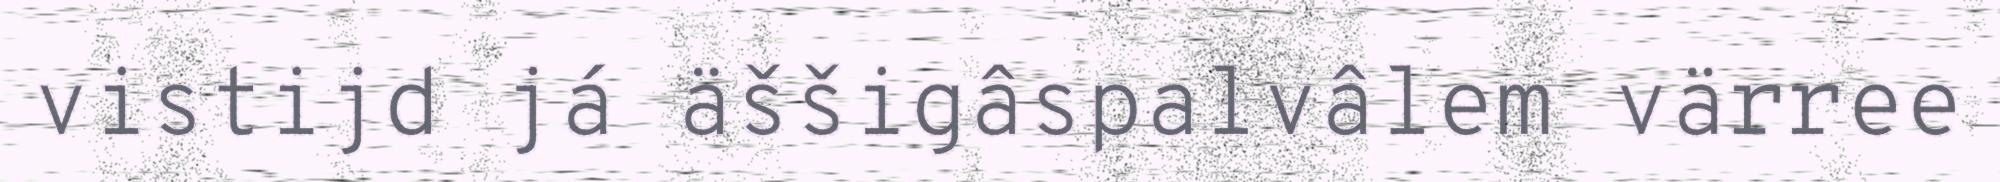
vistijd já äššigâspalvâlem värree